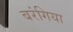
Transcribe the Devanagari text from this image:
बरंगिया